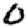
Digit: 0